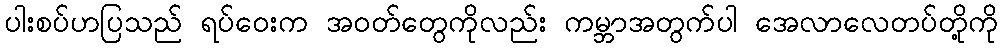
ပါးစပ်ဟပြသည် ရပ်ဝေးက အဝတ်တွေကိုလည်း ကမ္ဘာအတွက်ပါ အေလာလေတပ်တို့ကို